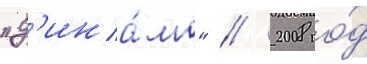
"д'ина́мо" // 2008 го́д